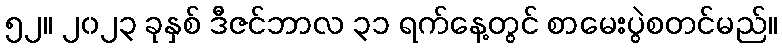
၅၂။ ၂၀၂၃ ခုနှစ် ဒီဇင်ဘာလ ၃၁ ရက်နေ့တွင် စာမေးပွဲစတင်မည်။